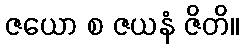
ဇယော စ ဇယနံ ဇိတိ။